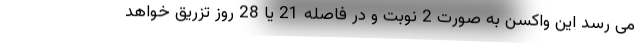
می رسد این واکسن به صورت 2 نوبت و در فاصله 21 یا 28 روز تزریق خواهد